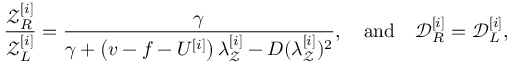
\frac { \mathcal { Z } _ { R } ^ { [ i ] } } { \mathcal { Z } _ { L } ^ { [ i ] } } = \frac { \gamma } { \gamma + \left( v - f - U ^ { [ i ] } \right) \lambda _ { \mathcal { Z } } ^ { [ i ] } - D ( \lambda _ { \mathcal { Z } } ^ { [ i ] } ) ^ { 2 } } , \quad \mathrm { a n d } \quad \mathcal { D } _ { R } ^ { [ i ] } = \mathcal { D } _ { L } ^ { [ i ] } ,